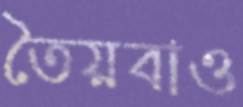
তৈয়বাও